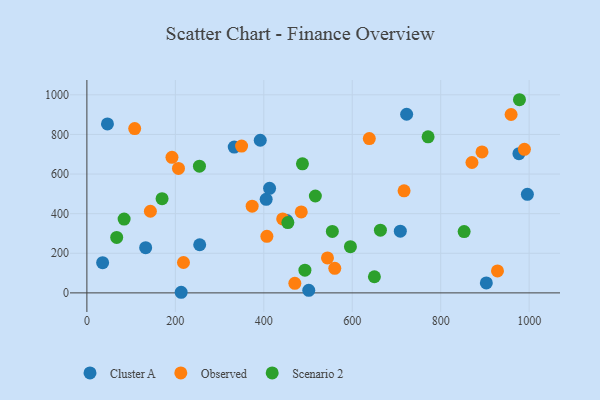
{"axis": {"x": "Price", "y": "Exam Score"}, "legend": ["Cluster A", "Observed", "Scenario 2"], "data": [{"x": "46.5", "y": 853.3, "type": "Cluster A"}, {"x": "392.0", "y": 770.6, "type": "Cluster A"}, {"x": "405.4", "y": 472.2, "type": "Cluster A"}, {"x": "452.3", "y": 365.4, "type": "Cluster A"}, {"x": "996.0", "y": 497.6, "type": "Cluster A"}, {"x": "213.2", "y": 3.1, "type": "Cluster A"}, {"x": "333.2", "y": 736.4, "type": "Cluster A"}, {"x": "976.9", "y": 703.1, "type": "Cluster A"}, {"x": "255.1", "y": 243.0, "type": "Cluster A"}, {"x": "903.2", "y": 50.2, "type": "Cluster A"}, {"x": "35.6", "y": 152.7, "type": "Cluster A"}, {"x": "132.9", "y": 228.3, "type": "Cluster A"}, {"x": "501.7", "y": 12.8, "type": "Cluster A"}, {"x": "413.1", "y": 527.9, "type": "Cluster A"}, {"x": "708.7", "y": 311.4, "type": "Cluster A"}, {"x": "723.0", "y": 901.9, "type": "Cluster A"}, {"x": "484.7", "y": 408.8, "type": "Observed"}, {"x": "218.4", "y": 153.5, "type": "Observed"}, {"x": "349.8", "y": 741.3, "type": "Observed"}, {"x": "544.0", "y": 176.3, "type": "Observed"}, {"x": "560.5", "y": 123.9, "type": "Observed"}, {"x": "870.7", "y": 658.4, "type": "Observed"}, {"x": "442.7", "y": 373.4, "type": "Observed"}, {"x": "407.0", "y": 285.6, "type": "Observed"}, {"x": "470.2", "y": 48.1, "type": "Observed"}, {"x": "893.4", "y": 711.9, "type": "Observed"}, {"x": "959.2", "y": 900.8, "type": "Observed"}, {"x": "207.1", "y": 628.6, "type": "Observed"}, {"x": "143.6", "y": 412.3, "type": "Observed"}, {"x": "192.4", "y": 684.7, "type": "Observed"}, {"x": "928.4", "y": 111.0, "type": "Observed"}, {"x": "373.7", "y": 437.9, "type": "Observed"}, {"x": "717.2", "y": 515.4, "type": "Observed"}, {"x": "638.6", "y": 779.2, "type": "Observed"}, {"x": "989.3", "y": 724.7, "type": "Observed"}, {"x": "108.1", "y": 829.6, "type": "Observed"}, {"x": "170.0", "y": 475.5, "type": "Scenario 2"}, {"x": "493.0", "y": 114.8, "type": "Scenario 2"}, {"x": "516.6", "y": 489.3, "type": "Scenario 2"}, {"x": "555.0", "y": 310.2, "type": "Scenario 2"}, {"x": "254.5", "y": 639.9, "type": "Scenario 2"}, {"x": "454.4", "y": 355.1, "type": "Scenario 2"}, {"x": "67.4", "y": 280.1, "type": "Scenario 2"}, {"x": "595.9", "y": 233.3, "type": "Scenario 2"}, {"x": "487.4", "y": 651.8, "type": "Scenario 2"}, {"x": "663.7", "y": 316.7, "type": "Scenario 2"}, {"x": "978.1", "y": 975.3, "type": "Scenario 2"}, {"x": "650.1", "y": 81.6, "type": "Scenario 2"}, {"x": "84.2", "y": 372.7, "type": "Scenario 2"}, {"x": "853.0", "y": 309.7, "type": "Scenario 2"}, {"x": "771.5", "y": 788.0, "type": "Scenario 2"}]}